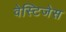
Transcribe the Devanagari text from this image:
वेस्टिजेस